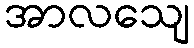
အာလသျေ